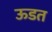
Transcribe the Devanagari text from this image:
ऊडत